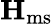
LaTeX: \mathbf{H}_{\mathrm{ms}}